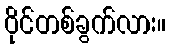
ဝိုင်တစ်ခွက်လား။